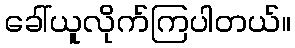
ခေါ်ယူလိုက်ကြပါတယ်။